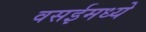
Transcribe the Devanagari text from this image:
वसईमध्ये